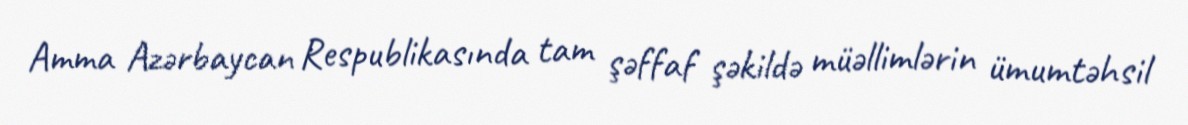
Amma Azərbaycan Respublikasında tam şəffaf şəkildə müəllimlərin ümumtəhsil